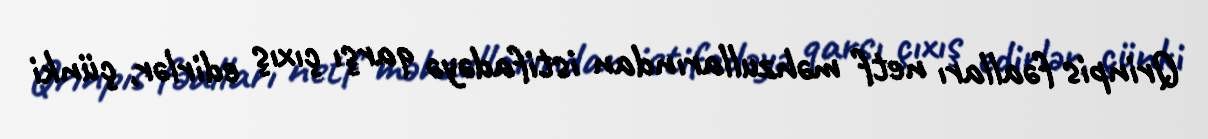
Qrinpis fəalları netf məhzullarından istifadəyə qarşı çıxış edirlər, çünki